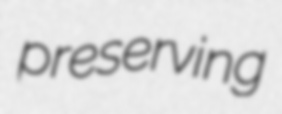
preserving